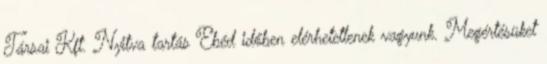
Társai Kft. Nyitva tartás Ebéd időben elérhetetlenek vagyunk. Megértésüket